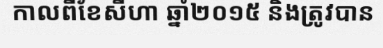
កាលពីខែសីហា ឆ្នាំ២០១៥ និងត្រូវបាន